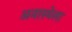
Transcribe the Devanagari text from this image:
अनास्थेला